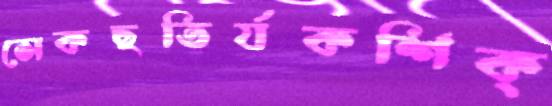
সেকছতির্যকশিক্